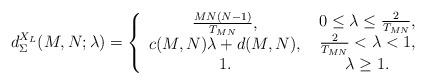
LaTeX: \begin{align*}d_\Sigma ^{{X_L}}(M,N;\lambda ) = \left\{ {\begin{array}{*{20}{c}}{{\textstyle{{MN(N - 1)} \over {T_{MN}}}},}\\{c(M,N)\lambda + d(M,N),}\\{1.}\end{array}} \right.\begin{array}{*{20}{c}}{0 \le \lambda \le {\textstyle{2 \over {T_{MN}}}},}\\{{\textstyle{2 \over {T_{MN}}}} < \lambda < 1,}\\{\lambda \ge 1.}\end{array}\end{align*}